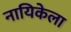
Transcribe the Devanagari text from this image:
नायिकेला